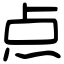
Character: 点